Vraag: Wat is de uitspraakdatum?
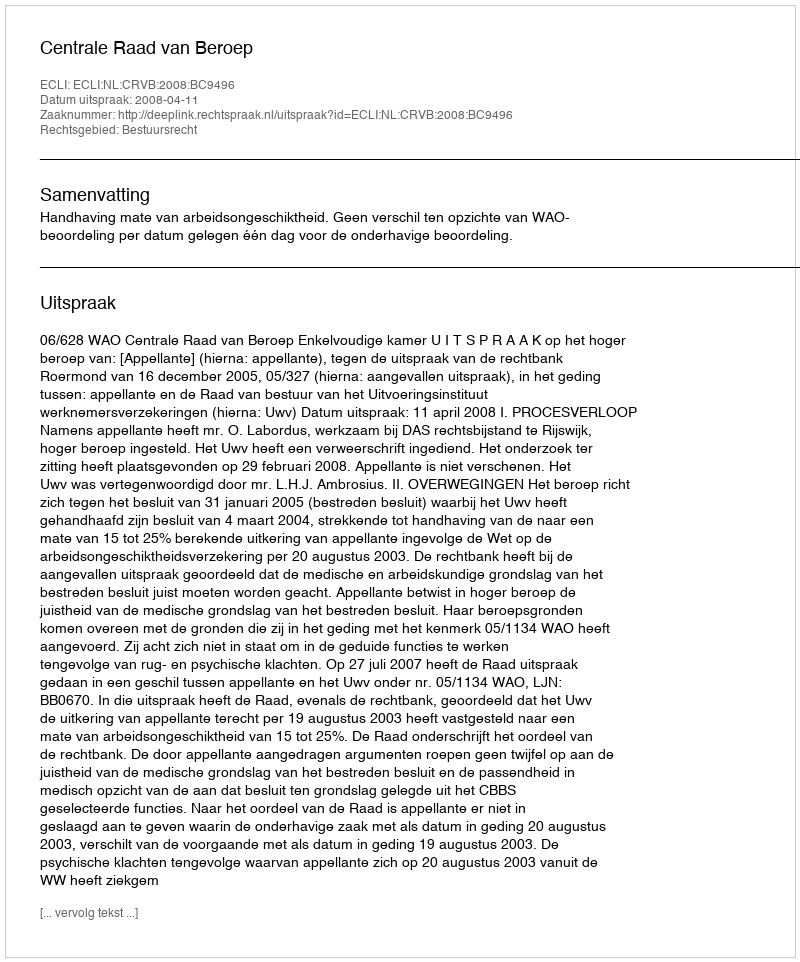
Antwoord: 2008-04-11